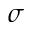
\sigma